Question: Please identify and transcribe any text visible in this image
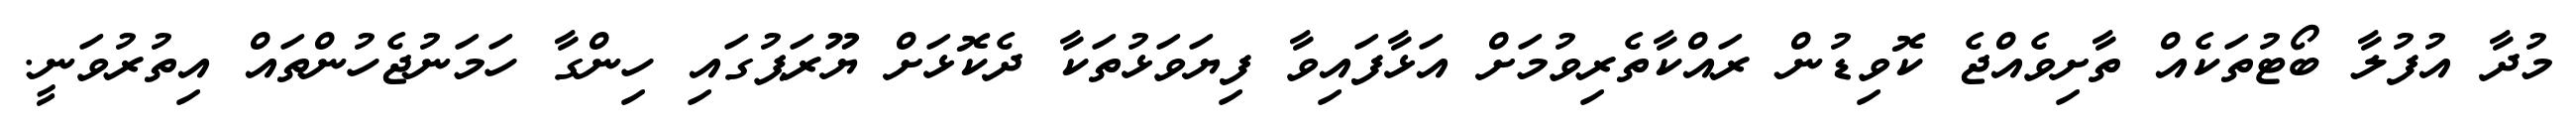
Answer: މުދާ އުފުލާ ބޯޓުތަކެއް ތާށިވެއްޖެ ކޮވިޑުން ރައްކާތެރިވުމަށް އަޅާފައިވާ ފިޔަވަޅުތަކާ ދެކޮޅަށް ޔޫރަޕުގައި ހިންގާ ހަމަނުޖެހުންތައް އިތުރުވަނީ.